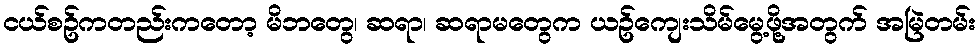
ငယ်စဥ်ကတည်းကတော့ မိဘတွေ၊ ဆရာ၊ ဆရာမတွေက ယဥ်ကျေးသိမ်မွေ့ဖို့အတွက် အမြဲတမ်း